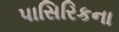
પાસિરિકના